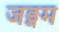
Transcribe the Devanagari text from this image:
जङ्गम